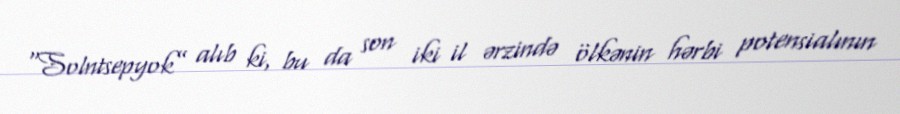
“Solntsepyok” alıb ki, bu da son iki il ərzində ölkənin hərbi potensialının